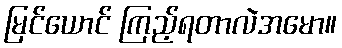
မြင်ယောင် ကြည့်ရတာလဲအမော။